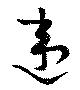
違